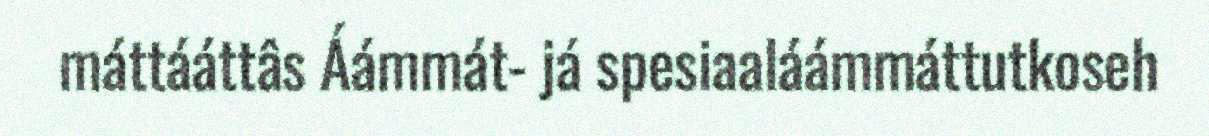
máttááttâs Áámmát- já spesiaaláámmáttutkoseh